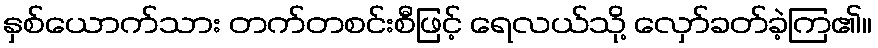
နှစ်ယောက်သား တက်တစင်းစီဖြင့် ရေလယ်သို့ လှော်ခတ်ခဲ့ကြ၏။